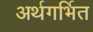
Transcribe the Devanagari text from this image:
अर्थगर्भित